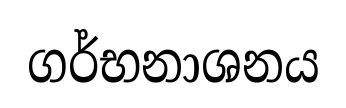
ගර්භනාශනය